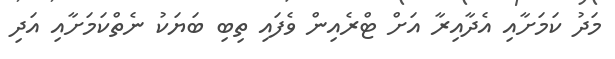
މަދު ކަމަށާއި އެދާއިރާ އަށް ޓްރެއިން ވެފައި ތިބި ބަޔަކު ނެތްކަމަށާއި އަދި